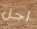
أجل